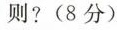
则?(8分)